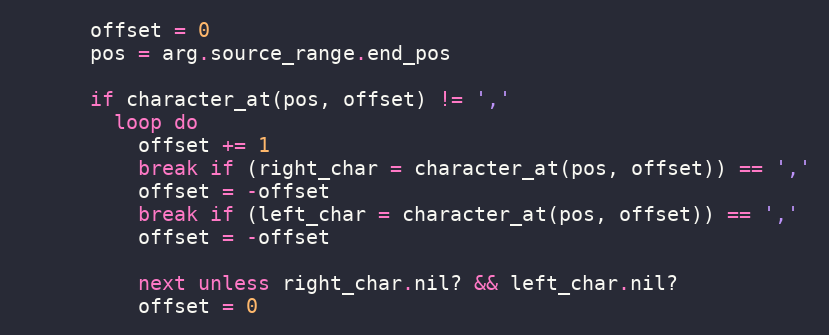
Language: Ruby
      offset = 0
      pos = arg.source_range.end_pos

      if character_at(pos, offset) != ','
        loop do
          offset += 1
          break if (right_char = character_at(pos, offset)) == ','
          offset = -offset
          break if (left_char = character_at(pos, offset)) == ','
          offset = -offset

          next unless right_char.nil? && left_char.nil?
          offset = 0